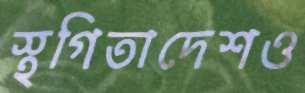
স্থগিতাদেশও